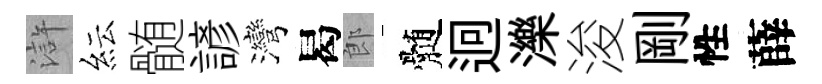
滸紜髄諺灣曷郎髄迥濼浚剛性薛